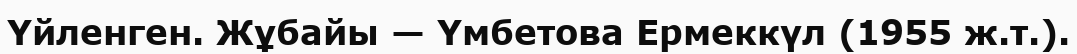
Үйленген. Жұбайы — Үмбетова Ермеккүл (1955 ж.т.).